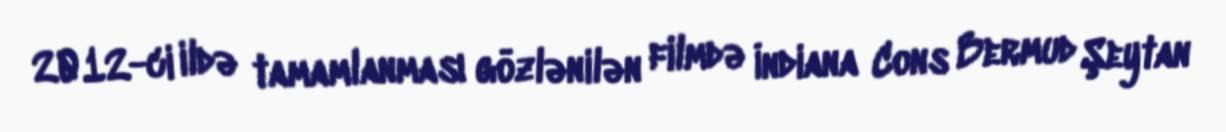
2012-ci ildə tamamlanması gözlənilən filmdə İndiana Cons Bermud Şeytan